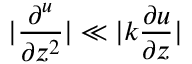
| \frac { \partial ^ { u } } { \partial z ^ { 2 } } | \ll | k \frac { \partial u } { \partial z } |